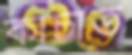
কাচাত